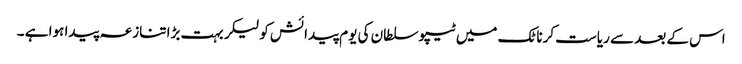
اس کے بعد سے ریاست کرناٹک میں ٹیپو سلطان کی یوم پیدائش کو لیکر بہت بڑا تنازعہ پیدا ہوا ہے ۔